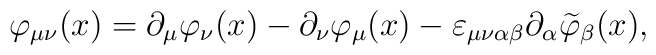
\varphi _{\mu \nu }(x)=\partial _\mu \varphi _\nu (x)-\partial_\nu \varphi _\mu (x)-\varepsilon _{\mu \nu \alpha \beta }\partial_\alpha \widetilde{\varphi } _\beta (x) ,